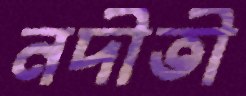
নদীতী